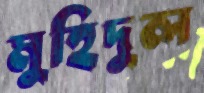
মুহিদুল